Indian journal of veterinary science and animal husbandry - Volumes 18-21, 1948-1951
Year: 1948
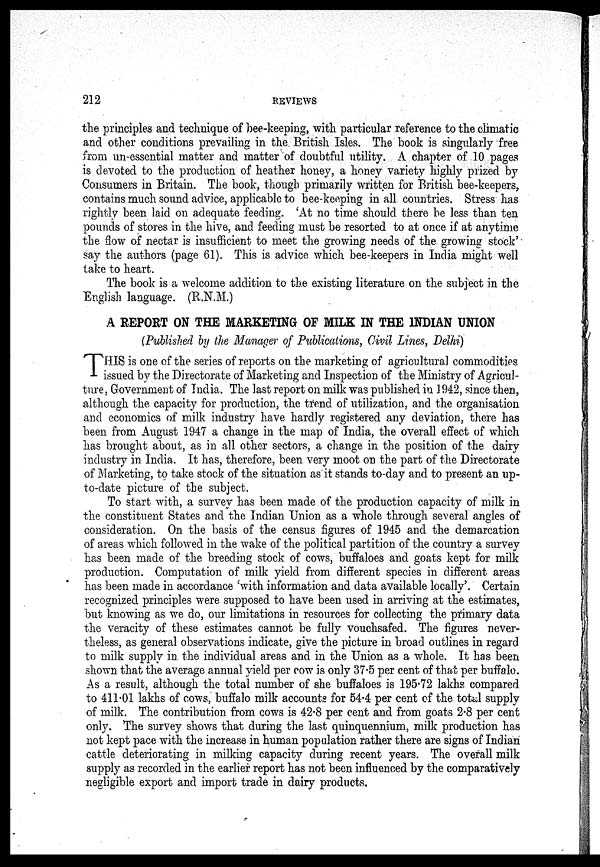
212
REVIEWS
the principles and technique of bee-keeping, with particular reference to the climatic
and other conditions prevailing in the British Isles. The book is singularly free
from un-essential matter and matter of doubtful utility. A chapter of 10 pages
is devoted to the production of heather honey, a honey variety highly prized by
Consumers in Britain. The book, though primarily written for British bee-keepers,
contains much sound advice, applicable to bee-keeping in all countries. Stress has
rightly been laid on adequate feeding. 'At no time should there be less than ten
pounds of stores in the hive, and feeding must be resorted to at once if at anytime
the flow of nectar is insufficient to meet the growing needs of the growing stock'
say the authors (page 61). This is advice which bee-keepers in India might well
take to heart.
The book is a welcome addition to the existing literature on the subject in the
English language. (R.N.M.)
A REPORT ON THE MARKETING OF MILK IN THE INDIAN UNION
(Published by the Manager of Publications, Civil Lines, Delhi)
T HIS is one of the series of reports on the marketing of agricultural commodities
issued by the Directorate of Marketing and Inspection of the Ministry of Agricul-
ture, Government of India. The last report on milk was published in 1942, since then,
although the capacity for production, the trend of utilization, and the organisation
and economics of milk industry have hardly registered any deviation, there has
been from August 1947 a change in the map of India, the overall effect of which
has brought about, as in all other sectors, a change in the position of the dairy
industry in India. It has, therefore, been very moot on the part of the Directorate
of Marketing, to take stock of the situation as it stands to-day and to present an up-
to-date picture of the subject.
To start with, a survey has been made of the production capacity of milk in
the constituent States and the Indian Union as a whole through several angles of
consideration. On the basis of the census figures of 1945 and the demarcation
of areas which followed in the wake of the political partition of the country a survey
has been made of the breeding stock of cows, buffaloes and goats kept for milk
production. Computation of milk yield from different species in different areas
has been made in accordance 'with information and data available locally'. Certain
recognized principles were supposed to have been used in arriving at the estimates,
but knowing as we do, our limitations in resources for collecting the primary data
the veracity of these estimates cannot be fully vouchsafed. The figures never-
theless, as general observations indicate, give the picture in broad outlines in regard
to milk supply in. the individual areas and in the Union as a whole. It has been
shown that the average annual yield per cow is only 37.5 per cent of that per buffalo.
As a result, although the total number of she buffaloes is 195.72 lakhs compared
to 411.01 lakhs of cows, buffalo milk accounts for 54.4 per cent of the total supply
of milk. The contribution from cows is 42.8 per cent and from goats 2.8 per cent
only. The survey shows that during the last quinquennium, milk production has
not kept pace with the increase in human population rather there are signs of Indian
cattle deteriorating in milking capacity during recent years. The overall milk
supply as recorded in the earlier report has not been influenced by the comparatively
negligible export and import trade in dairy products.